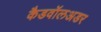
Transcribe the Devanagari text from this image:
कैडवॉलअडर